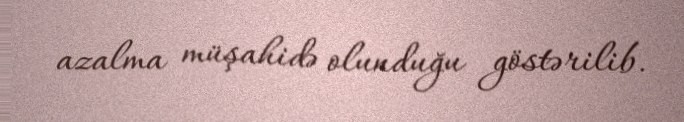
azalma müşahidə olunduğu göstərilib.